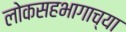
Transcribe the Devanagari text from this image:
लोकसहभागाच्या